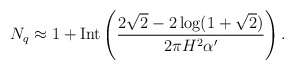
\begin{align*}N_q \approx 1+\mbox{Int}\left( \frac{2\sqrt{2}-2\log (1+\sqrt{2})}{2\pi H^2\alpha'}\right).\end{align*}